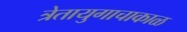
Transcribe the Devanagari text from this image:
त्रेतायुगाचाकाळ